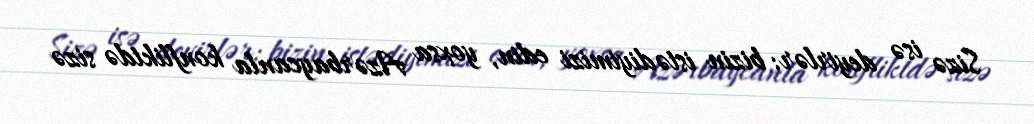
Sizə isə deyirlər: bizin istədiyimizi edin, yoxsa Azərbaycanla konfliktdə sizə